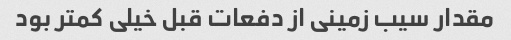
مقدار سیب زمینی از دفعات قبل خیلی کمتر بود